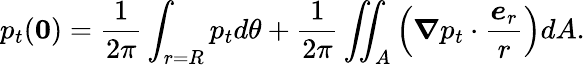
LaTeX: p_{t}(\boldsymbol{0})=\frac{1}{2\pi}\int_{r=R}p_{t}d\theta+\frac{1}{2\pi}\iint_{A}\left(\boldsymbol{\nabla}p_{t}\cdot\frac{\boldsymbol{e}_{r}}{r}\right)dA.